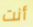
أنت